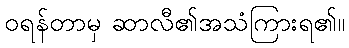
ဝရန်တာမှ ဆာလီ၏အသံကြားရ၏။